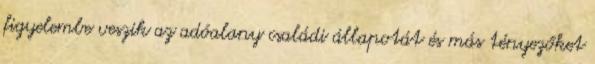
figyelembe veszik az adóalany családi állapotát és más tényezőket